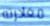
مغادرته